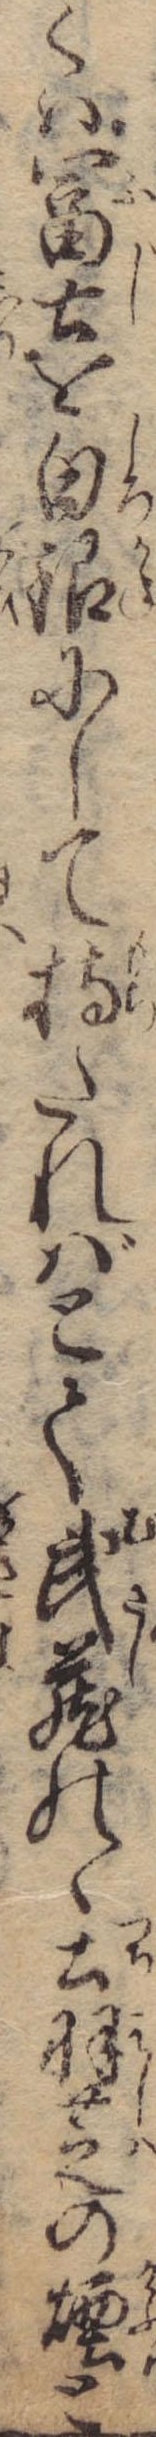
くは富士を白銀にして持たればとて武蔵のゝ土羽芝の煙と